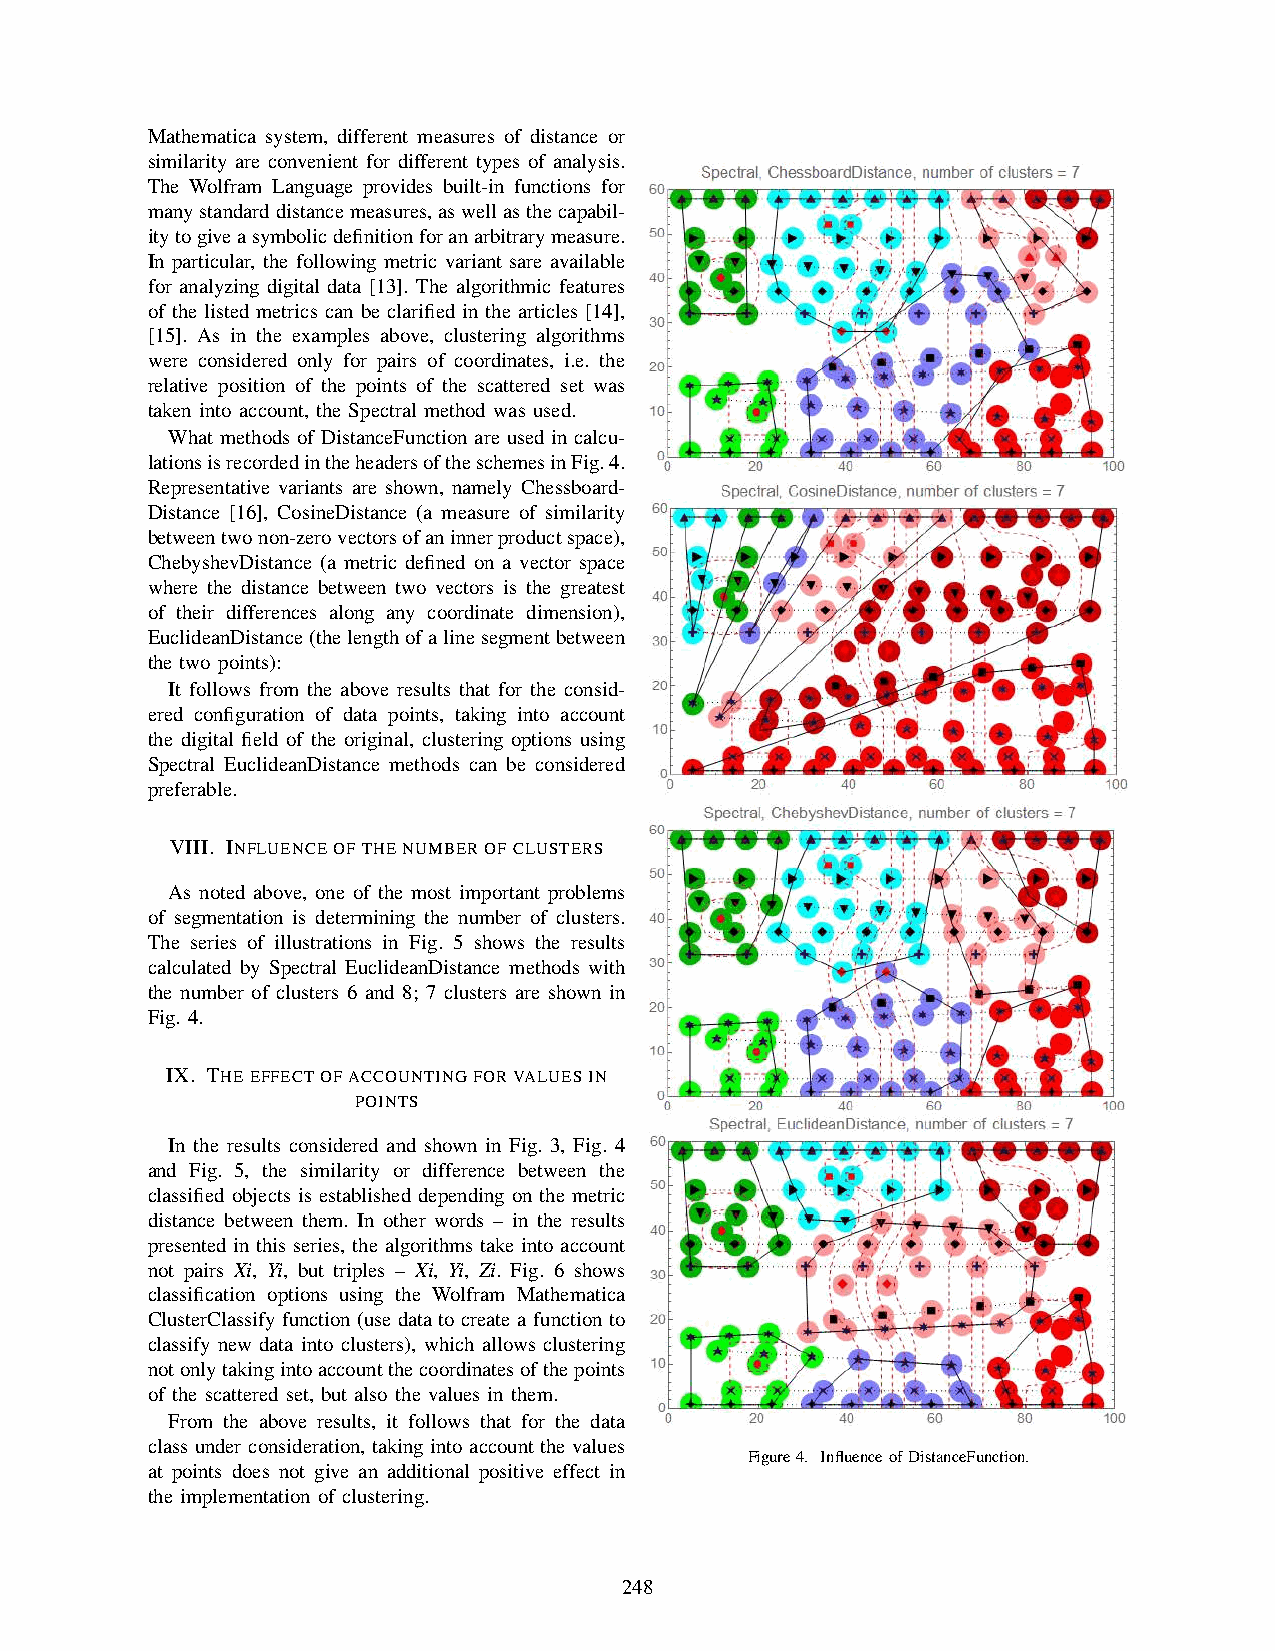
Mathematica system, different measures of distance or
 similarity are convenient for different types of analysis.
 The Wolfram Language provides built-in functions for
 manystandarddistancemeasures,aswellasthecapabil-
 itytogiveasymbolicdefinitionforanarbitrarymeasure.
 In particular, the following metric variant sare available
 for analyzing digital data [13]. The algorithmic features
 of the listed metrics can be clarified in the articles [14],
 [15]. As in the examples above, clustering algorithms
 were considered only for pairs of coordinates, i.e. the
 relative position of the points of the scattered set was
 taken into account, the Spectral method was used.
 What methods of DistanceFunction are used in calcu-
 lationsisrecordedintheheadersoftheschemesinFig.4.
 Representative variants are shown, namely Chessboard-
 Distance [16], CosineDistance (a measure of similarity
 betweentwonon-zerovectorsofaninnerproductspace),
 ChebyshevDistance (a metric defined on a vector space
 where the distance between two vectors is the greatest
 of their differences along any coordinate dimension),
 EuclideanDistance(thelengthofalinesegmentbetween
 the two points):
 It follows from the above results that for the consid-
 ered configuration of data points, taking into account
 the digital field of the original, clustering options using
 Spectral EuclideanDistance methods can be considered
 preferable.
 VIII. INFLUENCEOFTHENUMBEROFCLUSTERS
 As noted above, one of the most important problems
 of segmentation is determining the number of clusters.
 The series of illustrations in Fig. 5 shows the results
 calculated by Spectral EuclideanDistance methods with
 the number of clusters 6 and 8; 7 clusters are shown in
 Fig. 4.
 IX. THEEFFECTOFACCOUNTINGFORVALUESIN
 POINTS
 In the results considered and shown in Fig. 3, Fig. 4
 and Fig. 5, the similarity or difference between the
 classified objects is established depending on the metric
 distance between them. In other words – in the results
 presented in this series, the algorithms take into account
 not pairs Xi, Yi, but triples – Xi, Yi, Zi. Fig. 6 shows
 classification options using the Wolfram Mathematica
 ClusterClassify function (use data to create a function to
 classify new data into clusters), which allows clustering
 notonlytakingintoaccountthecoordinatesofthepoints
 of the scattered set, but also the values in them.
 From the above results, it follows that for the data
 class under consideration, taking into account the values
 Figure4. InfluenceofDistanceFunction.
 at points does not give an additional positive effect in
 the implementation of clustering.
 248